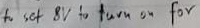
Text: to set 8V to turn on for